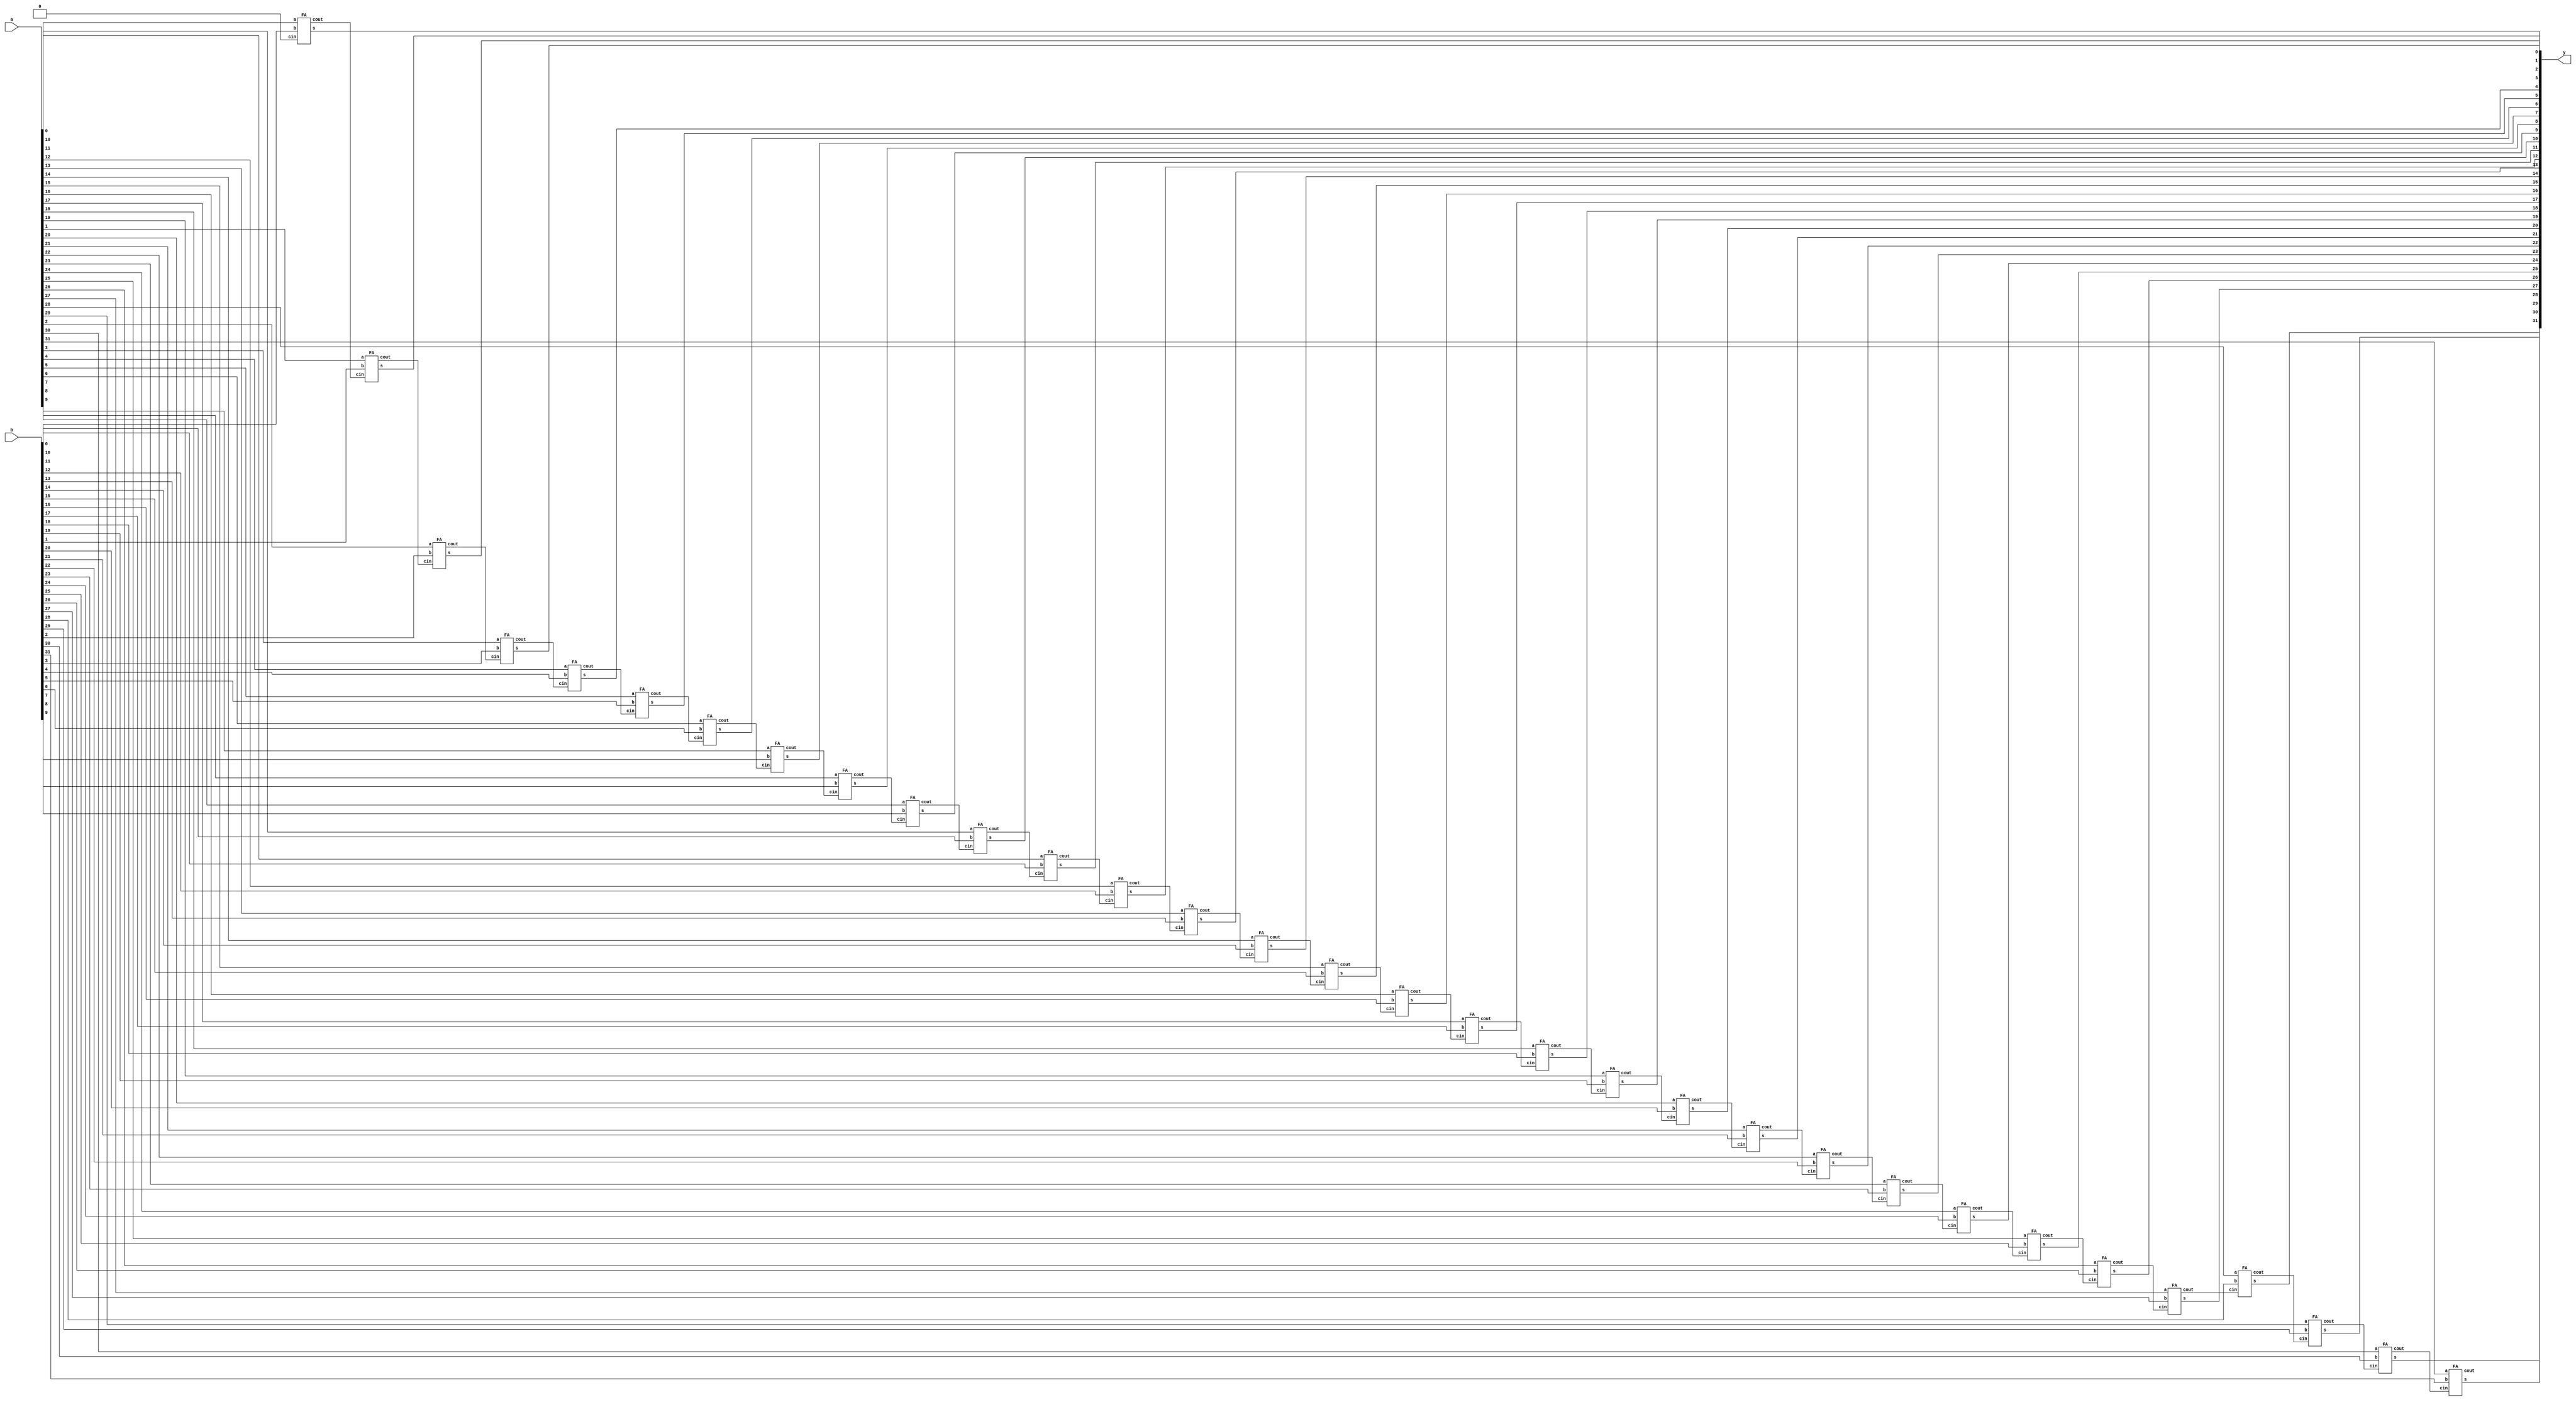

`timescale 1ns/1ns

module adder (a,b,y);

parameter n=32;

input [n-1:0] a,b;
wire [n:0] w;
output [n-1:0] y;
assign w[0]=0;
genvar i;
generate 
for(i=0;i<=n-1;i=i+1) begin:adding
        FA FA_inst(.a(a[i]),.b(b[i]), .cin(w[i]), .cout(w[i+1]), .s(y[i]));
    end
endgenerate

endmodule

module FA(input a, input b, input cin, output cout, output s);

assign {cout,s}=a+b+cin;

endmodule